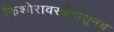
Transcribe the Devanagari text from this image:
किशोरावस्थेपासूनच